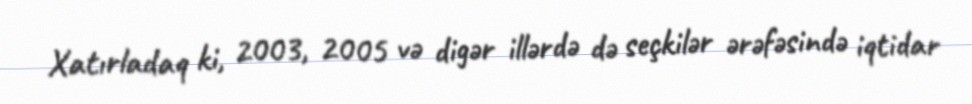
Xatırladaq ki, 2003, 2005 və digər illərdə də seçkilər ərəfəsində iqtidar